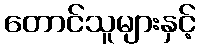
တောင်သူများနှင့်